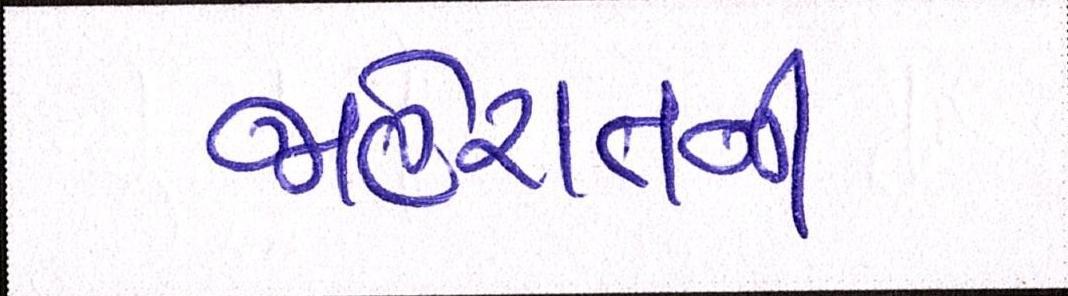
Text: જાહેરાતની